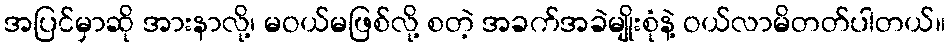
အပြင်မှာဆို အားနာလို့၊ မဝယ်မဖြစ်လို့ စတဲ့ အခက်အခဲမျိုးစုံနဲ့ ဝယ်လာမိတတ်ပါတယ်။